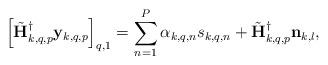
LaTeX: \begin{align*}\left[\tilde{\mathbf{H}}_{k,q,p}^{\dagger}\mathbf{y}_{k,q,p}\right]_{q,1}& = \sum^{P}_{n=1} \alpha_{k,q,n} s_{k,q,n} +\tilde{\mathbf{H}}_{k,q,p}^{\dagger}\mathbf{n}_{k,l},\end{align*}